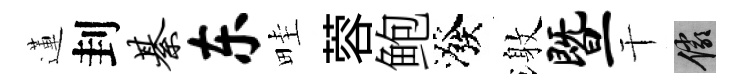
蓮刲綦东畦蓉鲍潑激暨干儼